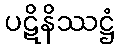
ပဋိနိဿဋ္ဌံ